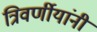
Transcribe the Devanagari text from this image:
त्रिवर्णीयांनी